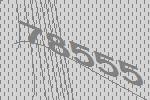
78555